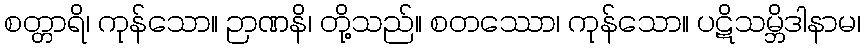
စတ္တာရိ၊ ကုန်သော။ ဉာဏနိ၊ တို့သည်။ စတဿော၊ ကုန်သော။ ပဋိသမ္ဘိဒါနာမ၊